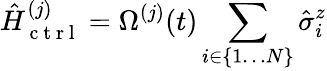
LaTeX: \hat{H}_{\mathrm{~c~t~r~l~}}^{(j)}=\Omega^{(j)}(t)\sum_{i\in\{ 1\ldots N\} }\hat{\sigma}_{i}^{z}